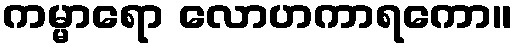
ကမ္မာရော လောဟကာရကော။